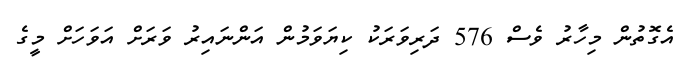
އެގޮތުން މިހާރު ވެސް 576 ދަރިވަރަކު ކިޔަވަމުން އަންނައިރު ވަރަށް އަވަހަށް މީގެ